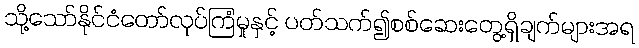
သို့သော်နိုင်ငံတော်လုပ်ကြံမှုနှင့် ပတ်သက်၍စစ်ဆေးတွေ့ရှိချက်များအရ